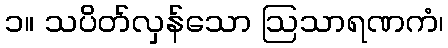
၁။ သပိတ်လှန်သော ဩသာရဏကံ၊